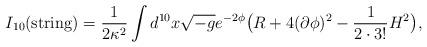
LaTeX: \begin{align*}{I_{10}({\rm string}) = {1\over 2\kappa^2}\int d^{10} x \sqrt {-g}e^{-2\phi} \big(R + 4 (\partial\phi)^2 - {1\over 2\cdot 3!} H^2 \big),}\end{align*}